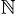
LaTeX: ^\mathbb{N}